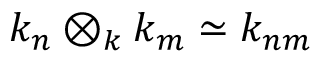
k _ { n } \otimes _ { k } k _ { m } \simeq k _ { n m }